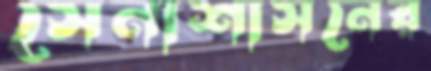
সেনাশাসনের